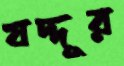
যদ্দূর